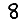
Digit: 8